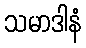
သမာဒါနံ